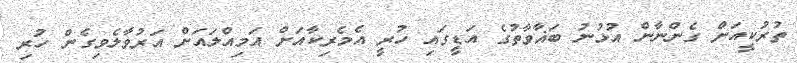
ތުރުކީއަށް ގެންނާން އުޅުނު ބަޣާވާތުގެ އަޑީގައި ހުރީ އެމެރިކާއަށް އަމިއްލައަށް އަރުވާލެވިގެން ހުރި